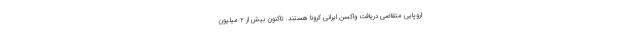
اروپایی متقاضی دریافت واکسن ایرانی کرونا هستند. تاکنون بیش از ۲ میلیون